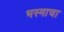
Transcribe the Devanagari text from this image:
भस्माचा